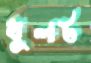
ধুলট